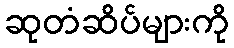
ဆုတံဆိပ်များကို